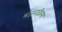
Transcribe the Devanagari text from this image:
भंजनक्रिया